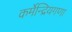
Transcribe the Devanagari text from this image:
कर्मेन्द्रियगणा